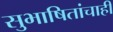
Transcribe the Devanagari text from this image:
सुभाषितांचाही